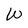
Character: W